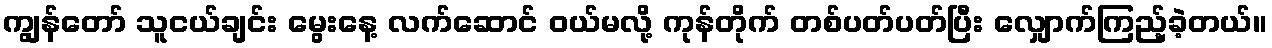
ကျွန်တော် သူငယ်ချင်း မွေးနေ့ လက်ဆောင် ဝယ်မလို့ ကုန်တိုက် တစ်ပတ်ပတ်ပြီး လျှောက်ကြည့်ခဲ့တယ်။